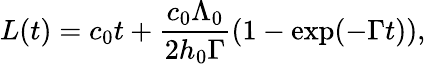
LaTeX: L(t)=c_{0}t+\frac{c_{0}\Lambda_{0}}{2h_{0}\Gamma}\left(1-\exp(-\Gamma t)\right),